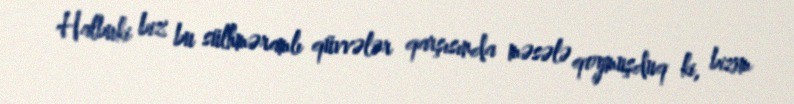
Halbuki biz bu sülhməramlı qüvvələr qarşısında məsələ qoymuşduq ki, bizim